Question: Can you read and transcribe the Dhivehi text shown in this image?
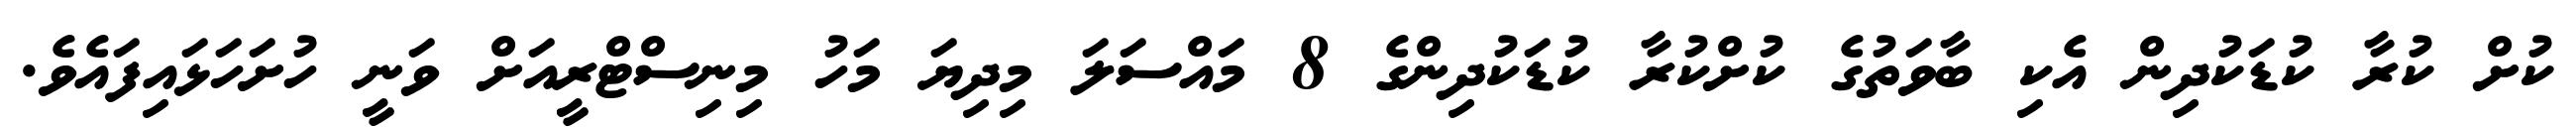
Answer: ކުށް ކުރާ ކުޑަކުދިން އެކި ބާވަތުގެ ކުށްކުރާ ކުޑަކުދިންގެ 8 މައްސަލަ މިދިޔަ މަހު މިނިސްޓްރީއަށް ވަނީ ހުށަހަޅައިފައެވެ.